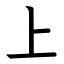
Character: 上